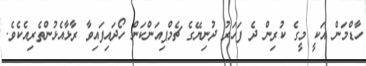
ހާޑްމަން އަކީ މީގެ ކުރިން ދެ ފަހަރު ދުނިޔޭގެ ޗެމްޕިއަންކަން ހޯދައިފައިވާ ރާޅާއެޅުންތެރިއެކެވެ.